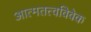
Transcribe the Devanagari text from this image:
आत्मतत्त्वविवेक